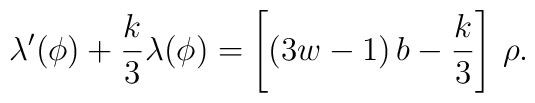
\lambda'(\phi)+{k\over 3}\lambda(\phi)=\left[(3w-1)\,b-{k\over 3}\right]\,\rho.